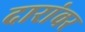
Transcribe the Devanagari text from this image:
दारांवर